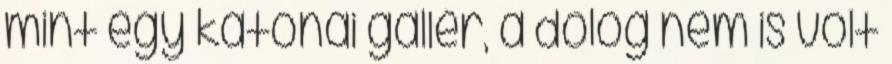
mint egy katonai gallér, a dolog nem is volt